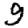
Digit: 9